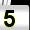
Digit: 5